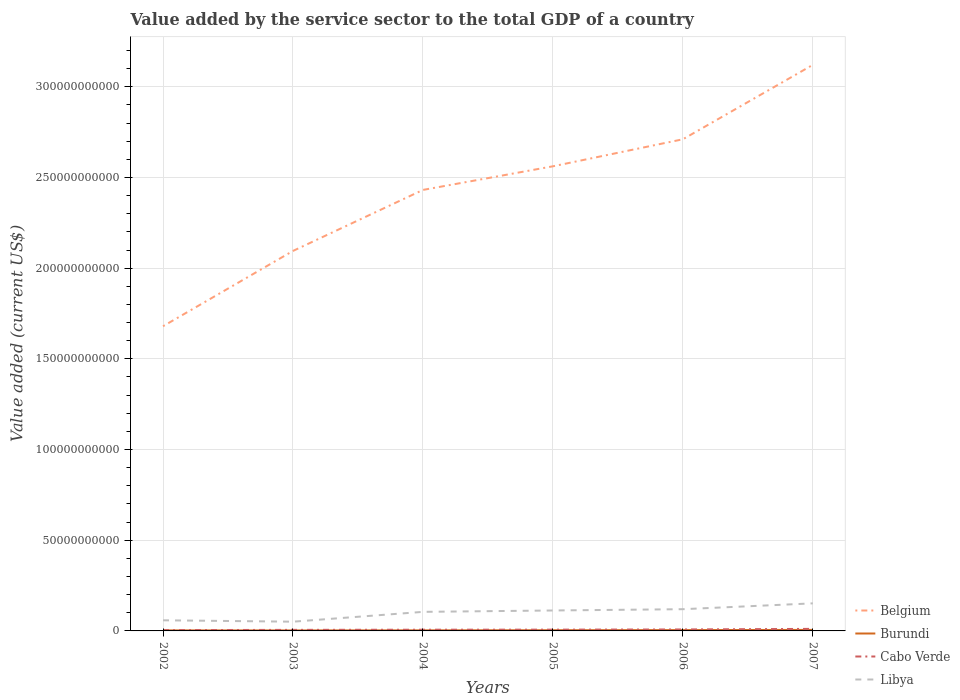
| Years | Belgium | Burundi | Cabo Verde | Libya |
 | --- | --- | --- | --- | --- |
 | 2002 | 1.68e+11 | 2.93e+08 | 4.38e+08 | 5.86e+09 |
 | 2003 | 2.1e+11 | 2.65e+08 | 5.81e+08 | 5.09e+09 |
 | 2004 | 2.43e+11 | 3.11e+08 | 6.65e+08 | 1.05e+10 |
 | 2005 | 2.56e+11 | 3.8e+08 | 6.98e+08 | 1.13e+10 |
 | 2006 | 2.71e+11 | 4.54e+08 | 8.04e+08 | 1.2e+10 |
 | 2007 | 3.12e+11 | 5.57e+08 | 1.13e+09 | 1.52e+10 |